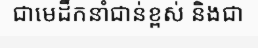
ជាមេដឹកនាំជាន់ខ្ពស់ និងជា